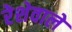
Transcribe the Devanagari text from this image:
रेशेवाले